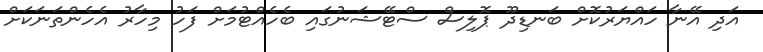
އަދި އޭނާ ހައްޔަރުކޮށް ބަނޑިދޫ ޕޮލިސް ސްޓޭޝަނުގައި ބެހެއްޓުމަށް ފަހު މިހާރު އެހެންތަނަކަށް